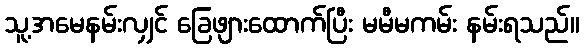
သူ့အမေနမ်းလျှင် ခြေဖျားထောက်ပြီး မမီမကမ်း နမ်းရသည်။